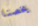
يخصنا